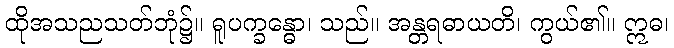
ထိုအသညသတ်ဘုံ၌။ ရူပက္ခန္ဓော၊ သည်။ အန္တရဓာယတိ၊ ကွယ်၏။ ဣဓ၊